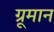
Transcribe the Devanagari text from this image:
ग्रूमान